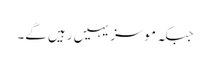
جبکہ موسز یہیں رہیں گے۔